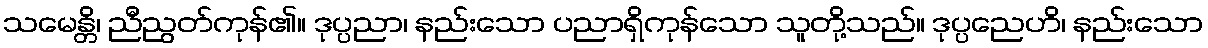
သမေန္တိ၊ ညီညွတ်ကုန်၏။ ဒုပ္ပညာ၊ နည်းသော ပညာရှိကုန်သော သူတို့သည်။ ဒုပ္ပညေဟိ၊ နည်းသော